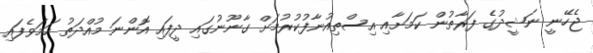
ޖެހޭނީ ނަޝީދުގެ ފަރާތުން ކަމަށާއި އިސްތިއުނާފުކުރުމަށް ގާނޫނުގައި ދީފައި އޮންނަ މުއްދަތު ހަމަވެފައި